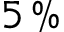
5 \, \%